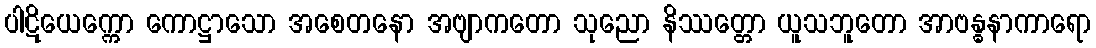
ပါဋိယေက္ကော ကောဋ္ဌာသော အစေတနော အဗျာကတော သုညော နိဿတ္တော ယူသဘူတော အာဗန္ဓနာကာရော